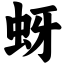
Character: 蚜